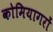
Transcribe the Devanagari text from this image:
कोमियागरों